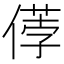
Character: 𠍤